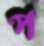
প